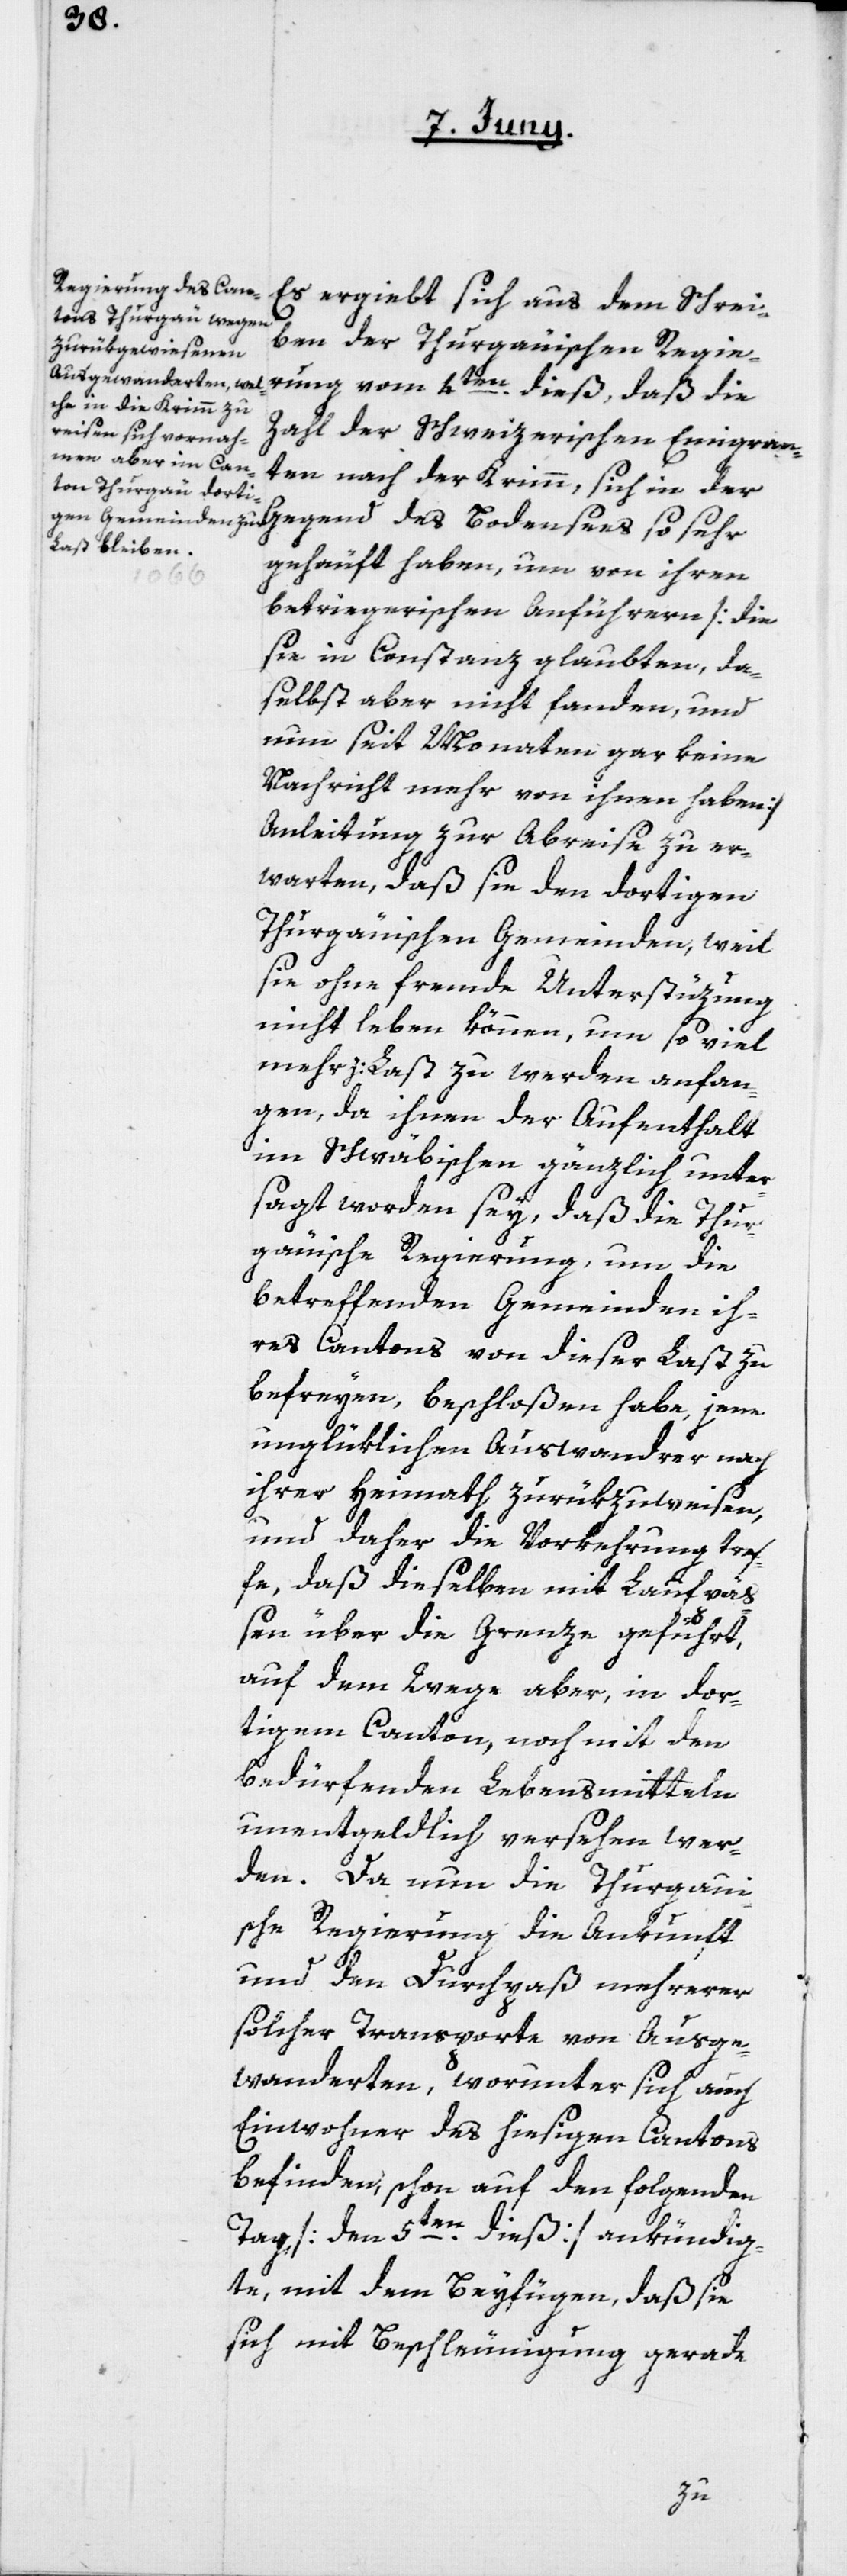
Es ergiebt sich aus dem Schrei¬
ben der Thurgauischen Regie¬
rung vom 4ten dieß, daß die
Zahl der Schweizerischen Emigran¬
ten nach der Krimm, sich in der
Gegend des Bodensees so sehr
gehäuft haben, um von ihren
betriegerischen Anführern [die
sie in Constanz glaubten, da¬
selbst aber nicht fanden, und
nun seit Monaten gar keine
Nachricht mehr von ihnen haben]
Anleitung zur Abreise zu er¬
warten, daß sie den dortigen
Thurgauischen Gemeinden, weil
sie ohne fremde Unterstüzung
nicht leben können, um so viel
mehr z: Last zu werden anfan¬
gen, da ihnen der Aufenthalt
im Schwäbischen gänzlich unter¬
sagt worden sey, daß die Thur¬
gauische Regierung, um die
betreffenden Gemeinden ih¬
res Cantons von dieser Last zu
befreyen, beschloßen habe, jene
unglüklichen Auswanderer nach
ihrer Heimath zurükzuweisen,
und daher die Vorkehrung tref¬
fe, daß dieselben mit Laufpäß¬
en über die Grenze geführt,
auf dem Wege aber, in dor¬
tigem Canton, noch mit den
bedürfenden Lebensmitteln
unentgeldlich versehen wer¬
den. Da nun die Thurgaui¬
sche Regierung die Ankunft
und den Durchpaß mehrerer
solcher Transporte von Ausge¬
wanderten, worunter sich auch
Einwohner des hiesigen Cantons
befinden, schon auf den folgenden
Tag [den 5ten dieß] ankündig¬
te, mit dem Beyfügen, daß sie
sich mit Beschleunigung gerade